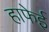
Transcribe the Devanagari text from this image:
हाफेई